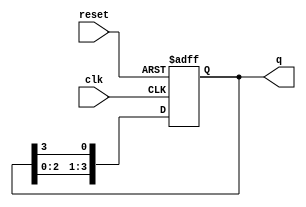
module RingCounter (
    input wire clk,      // Clock input
    input wire reset,    // Reset input
    output reg [3:0] q   // 4-bit output
);
    
    // Asynchronous reset logic
    always @(posedge clk or posedge reset) begin
        if (reset) begin
            q <= 4'b1000; // Initial state: '1000'
        end else begin
            // Shift the '1' to the right, wrapping around
            q <= {q[2:0], q[3]};
        end
    end

endmodule